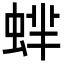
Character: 蝆